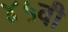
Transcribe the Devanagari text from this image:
४५वी